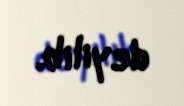
deyilib.